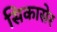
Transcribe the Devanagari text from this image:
सिकासेर